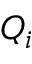
Q _ { i }